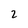
Character: 2